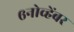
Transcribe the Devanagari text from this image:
६नोव्हेंबर